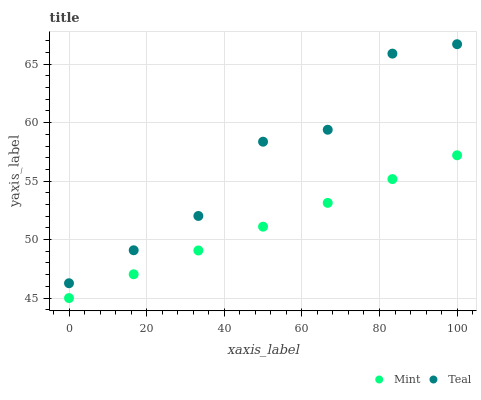
| xaxis_label | Mint | Teal |
 | --- | --- | --- |
 | 0 | 45 | 46.3 |
 | 16.7 | 47 | 49.1 |
 | 33.3 | 49.1 | 52 |
 | 50 | 51.1 | 58.4 |
 | 66.7 | 53.1 | 59.4 |
 | 83.3 | 55.2 | 65.9 |
 | 100 | 57.2 | 66.7 |